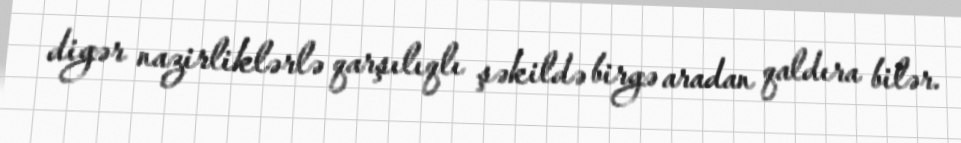
digər nazirliklərlə qarşılıqlı şəkildə birgə aradan qaldıra bilər.